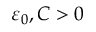
\varepsilon _ { 0 } , C > 0